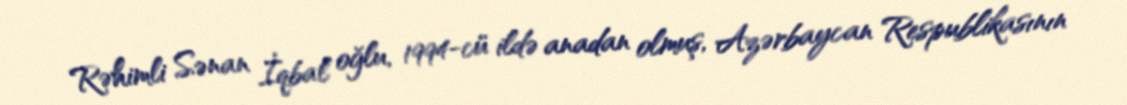
Rəhimli Sənan İqbal oğlu, 1994-cü ildə anadan olmuş, Azərbaycan Respublikasının